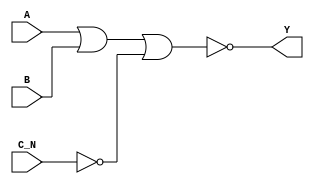
`timescale 1ps/1ps
module cell_nor3b
(
    input wire A,
    input wire B,
    input wire C_N,
    output wire Y
);
    assign Y = !(A | B | !C_N);
endmodule